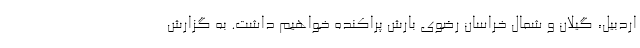
اردبیل، گیلان و شمال خراسان رضوی بارش پراکنده خواهیم داشت. به گزارش